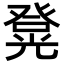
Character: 𭽄